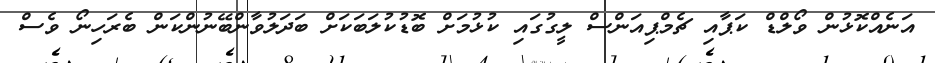
އަނެއްކޮޅުން ވޯލްޑް ކަޕާއި ޗެމްޕިއަންސް ލީގުގައި ކުޅުމަށް ބޮޑުކުލަބަކަށް ބަދަލުވާންބޭނުންކަން ބެރަހިނޯ ވެސް